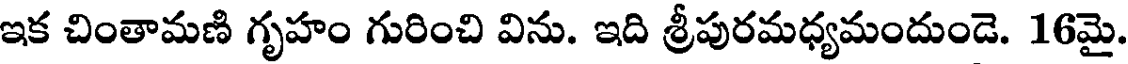
ఇక చింతామణి గృహం గురించి విను. ఇది శ్రీపురమధ్యమందుండె. 16మై